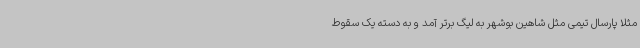
مثلا پارسال تیمی مثل شاهین بوشهر به لیگ برتر آمد و به دسته یک سقوط